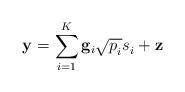
LaTeX: \begin{align*}\mathbf{y}^{} = \sum^{K}_{i=1}\mathbf{g}_i\sqrt{p^{}_i}s^{}_i + \mathbf{z}^{}\end{align*}